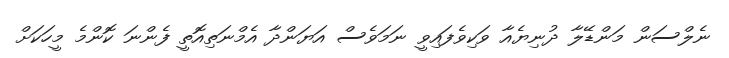
ނެލްސަން މަންޑޭލާ ދުނިޔެއާ ވަކިވެފައިވީ ނަމަވެސް އަޔަންދާ އެމްނަތިއޮތީ ފެންނަ ކޮންމެ މީހަކަށް